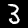
Label: 3